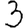
Digit: 3